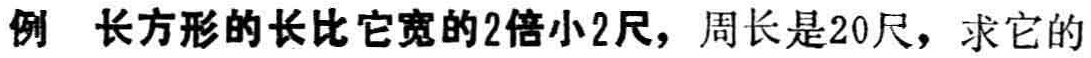
例 长方形的长比它宽的2倍小2尺，周长是20尺，求它的